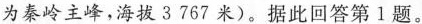
为秦岭主峰，海拔3767米)。据此回答第1题。